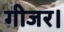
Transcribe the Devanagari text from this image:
गीजर।